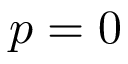
p = 0